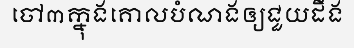
ចៅ៣ក្នុងគោលបំណងឲ្យជួយដឹង